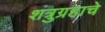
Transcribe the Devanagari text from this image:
शत्रुग्रहाचे